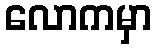
လောကမှာ